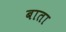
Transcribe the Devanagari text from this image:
बाता